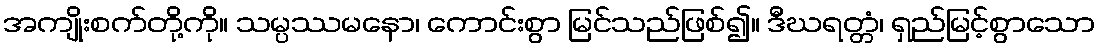
အကျိုးစက်တို့ကို။ သမ္ပဿမနော၊ ကောင်းစွာ မြင်သည်ဖြစ်၍။ ဒီဃရတ္တံ၊ ရှည်မြင့်စွာသော